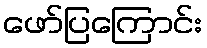
ဖော်ပြကြောင်း